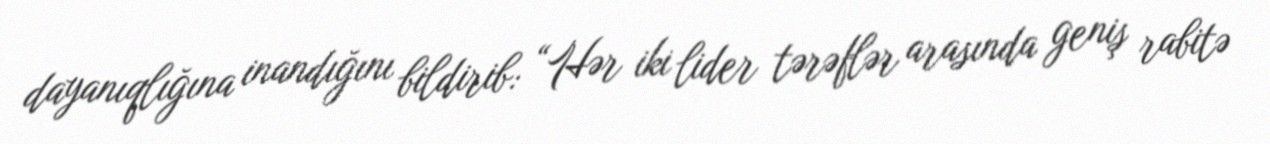
dayanıqlığına inandığını bildirib: “Hər iki lider tərəflər arasında geniş rabitə